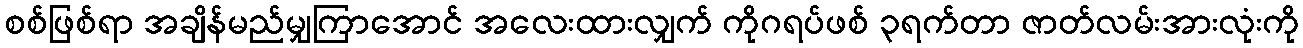
စစ်ဖြစ်ရာ အချိန်မည်မျှကြာအောင် အလေးထားလျှက် ကိုဂရပ်ဖစ် ၃ရက်တာ ဇာတ်လမ်းအားလုံးကို